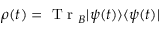
\rho ( t ) = \mathrm { ~ T ~ r ~ } _ { B } | \psi ( t ) \rangle \langle \psi ( t ) |